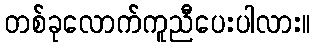
တစ်ခုလောက်ကူညီပေးပါလား။